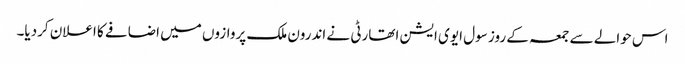
اس حوالے سے جمعہ کے روز سول ایوی ایشن اتھارٹی نے اندرون ملک پروازوں میں اضافے کا اعلان کردیا۔